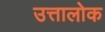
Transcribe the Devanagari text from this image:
उत्तालोक